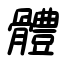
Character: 體